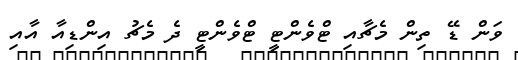
ވަން ޑޭ ތިން މެޗާއި ޓްވެންޓީ ޓްވެންޓީ ދެ މެޗު އިންޑިއާ އާއި